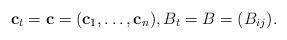
LaTeX: \begin{gather*}\mathbf{c}_t =\mathbf{c}= (\mathbf{c}_{1},\dots,\mathbf{c}_{n}),B_t=B = (B_{ij}).\end{gather*}